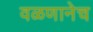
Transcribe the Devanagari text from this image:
वळणानेच